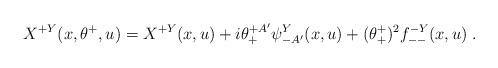
LaTeX: \begin{align*}X^{+Y}(x,\theta^+,u) = X^{+Y}(x,u) + i\theta^{+A'}_+\psi^Y_{-A'}(x,u)+(\theta^+_+)^2 f^{-Y}_{--}(x,u)\; .\end{align*}